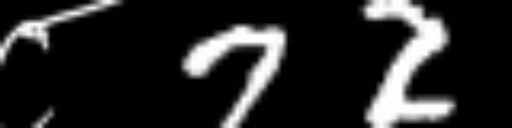
Text: ८72